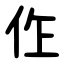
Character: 㑅